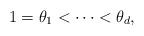
LaTeX: \begin{align*}1=\theta_1<\cdots <\theta_d,\end{align*}